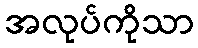
အလုပ်ကိုသာ